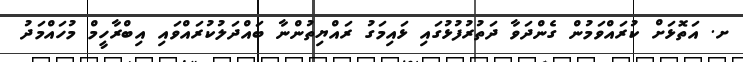
ށ. އަތޮޅަށް ކުރައްވަމުން ގެންދަވާ ދަތުރުފުޅުގައި ޅައިމަގު ރައްޔިތުންނާ ބައްދަލުކުރައްވައި އިބްރާހީމް މުހައްމަދު